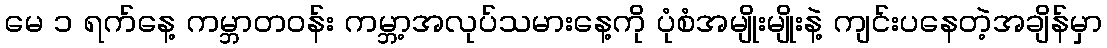
မေ ၁ ရက်နေ့ ကမ္ဘာတဝန်း ကမ္ဘာ့အလုပ်သမားနေ့ကို ပုံစံအမျိုးမျိုးနဲ့ ကျင်းပနေတဲ့အချိန်မှာ